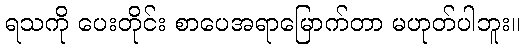
ရသကို ပေးတိုင်း စာပေအရာမြောက်တာ မဟုတ်ပါဘူး။